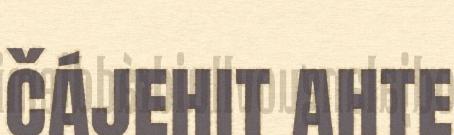
čájehit ahte